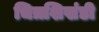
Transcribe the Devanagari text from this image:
चित्रशिखंडी